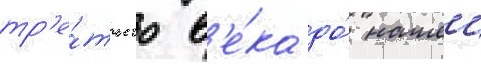
тр'е́тьего в'е́ка до́ нашеи